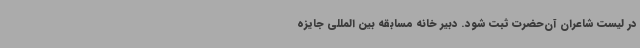
در لیست شاعران آن‌حضرت ثبت شود. دبیر خانه مسابقه بین المللی جایزه